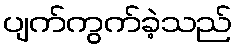
ပျက်ကွက်ခဲ့သည်